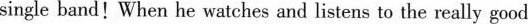
single band!When he watches and listens to the really good